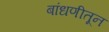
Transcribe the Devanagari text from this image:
बांधणीतून